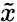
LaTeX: \tilde{x}